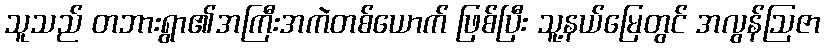
သူသည် တဘားရွာ၏အကြီးအကဲတစ်ယောက် ဖြစ်ပြီး သူ့နယ်မြေတွင် အလွန်ဩဇာ